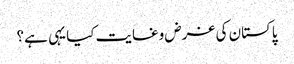
پاکستان کی غرض وغایت کیا یہی ہے؟